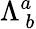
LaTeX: \Lambda_{~b}^{a}